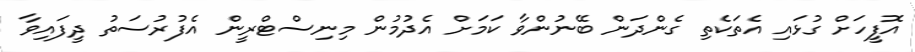
އޮފީހަށް ގުޅައި އެތަކެތި ގެންދަން ބޭނުންވާ ކަމަށް އެދުމުން މިނިސްޓްރީން އެފުރުސަތު ދީފައިވާ